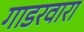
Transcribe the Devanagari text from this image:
गाडरवारा